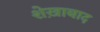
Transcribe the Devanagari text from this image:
शेख़ाबाद